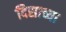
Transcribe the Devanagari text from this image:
दिसाच्या